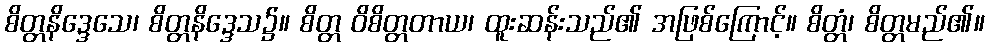
စိတ္တနိဒ္ဒေသေ၊ စိတ္တနိဒ္ဒေသ၌။ စိတ္တ ဝိစိတ္တတာယ၊ ထူးဆန်းသည်၏ အဖြစ်ကြောင့်။ စိတ္တံ၊ စိတ္တမည်၏။